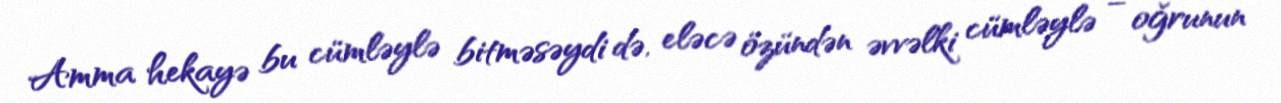
Amma hekayə bu cümləylə bitməsəydi də, eləcə özündən əvvəlki cümləylə – oğrunun